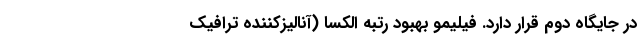
در جایگاه دوم قرار دارد. فیلیمو بهبود رتبه الکسا (آنالیزکننده ترافیک